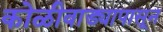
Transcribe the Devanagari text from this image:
कोळीवाड्यापासून